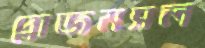
প্লাজমসল